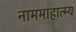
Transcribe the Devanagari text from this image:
नाममाहात्म्य